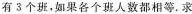
有3个班，如果各个班人数都相等.求